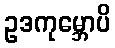
ဥဒကုမ္ဘောပိ